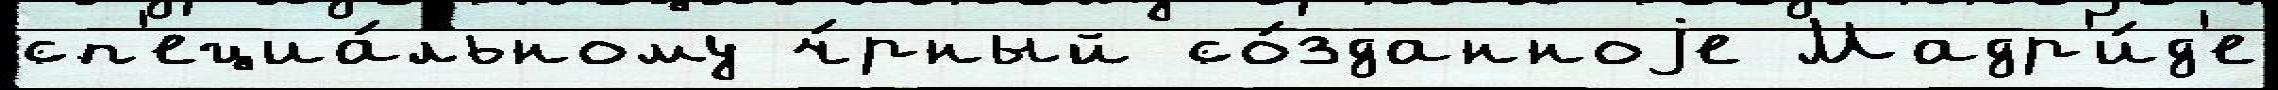
сп'ециа́льному ч́рный со́зданноjе Мадр'и́д'е